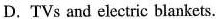
D.TVs and electric blankets.